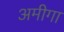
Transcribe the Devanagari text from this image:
अमीगा